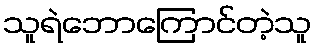
သူရဲဘောကြောင်တဲ့သူ